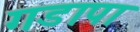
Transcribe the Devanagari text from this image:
गडापा